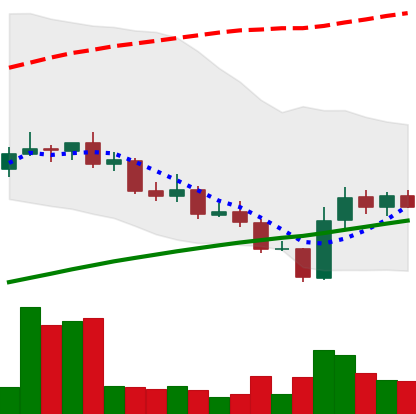
Ticker: LINK-USD
Chart end date: 2020-09-28
Forward return: -9.958%
Label: down_7plus